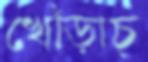
খোঁড়াচ্